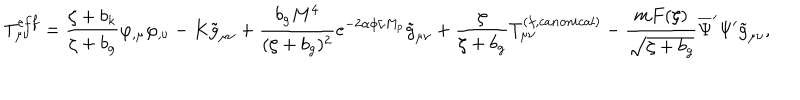
LaTeX: T _ { \mu \nu } ^ { e f f } = \frac { \zeta + b _ { k } } { \zeta + b _ { g } } \varphi _ { , \mu } \varphi _ { , \nu } - K \tilde { g } _ { \mu \nu } + \frac { b _ { g } M ^ { 4 } } { ( \zeta + b _ { g } ) ^ { 2 } } e ^ { - 2 \alpha \phi / M _ { p } } \tilde { g } _ { \mu \nu } + \frac { \zeta } { \zeta + b _ { g } } T _ { \mu \nu } ^ { ( f , c a n o n i c a l ) } - \frac { m F ( \zeta ) } { \sqrt { \zeta + b _ { g } } } \overline { { { \Psi } } } ^ { \prime } \Psi ^ { \prime } \tilde { g } _ { \mu \nu } ,